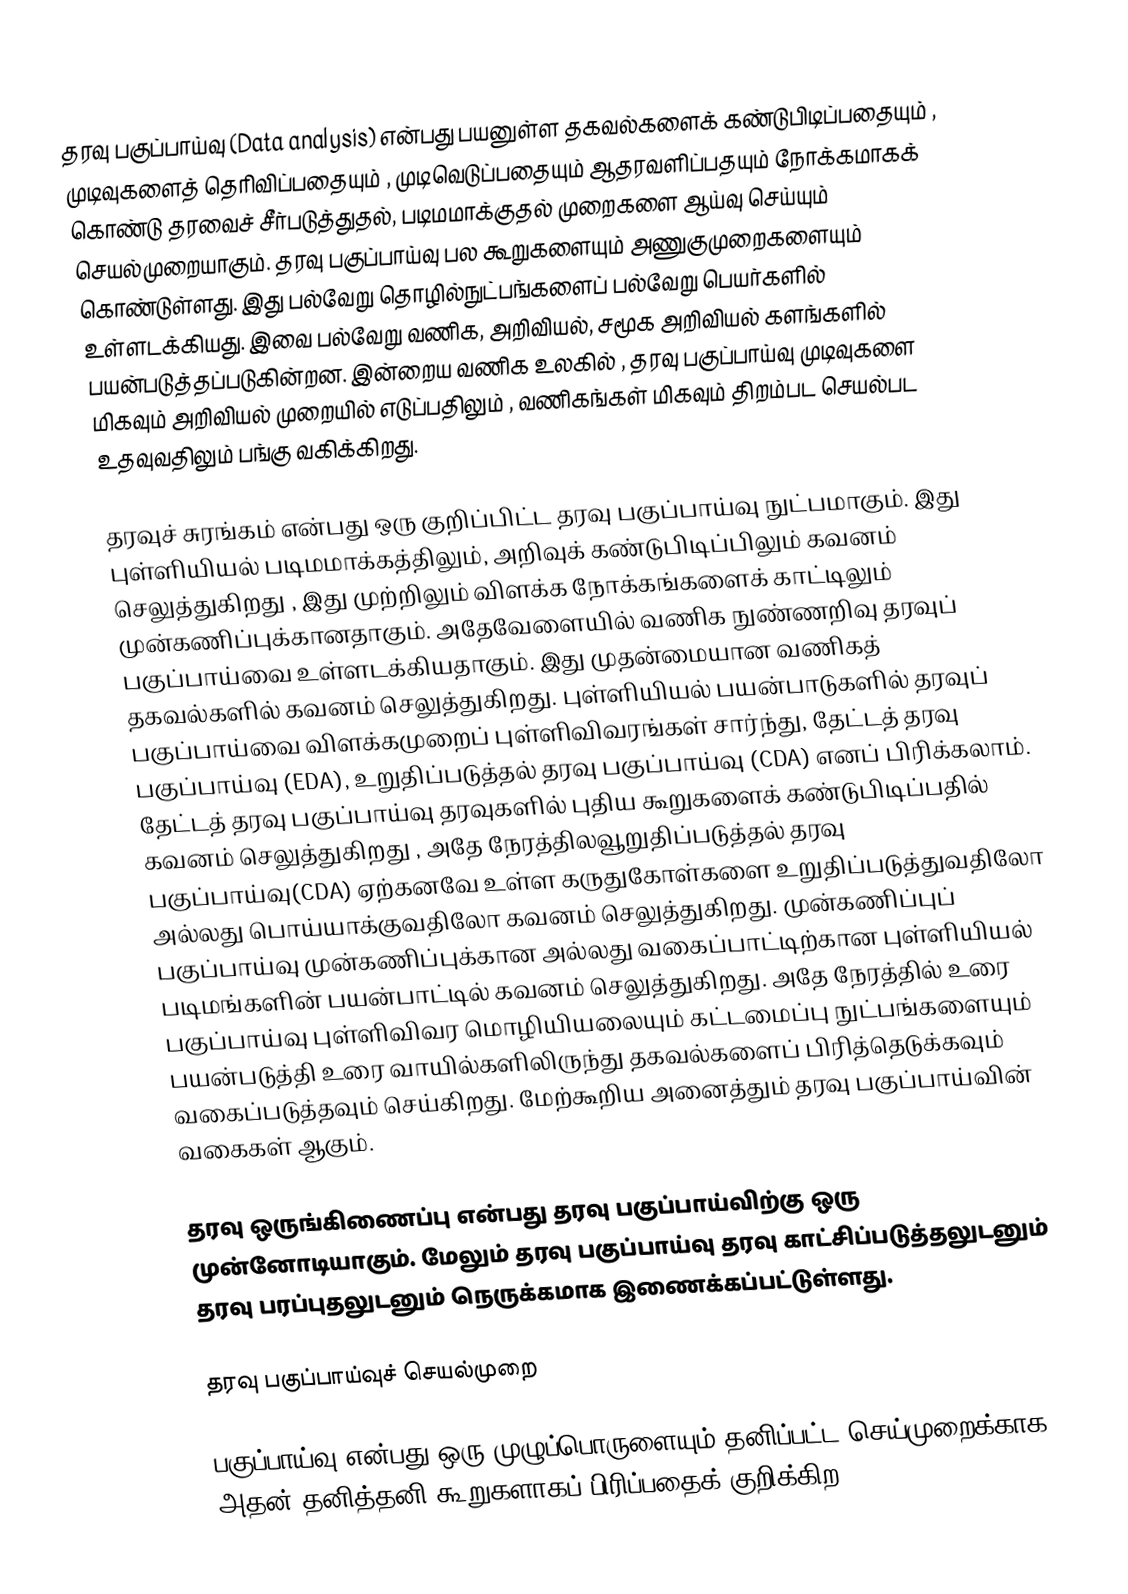
தரவு பகுப்பாய்வு (Data analysis) என்பது பயனுள்ள தகவல்களைக் கண்டுபிடிப்பதையும் , முடிவுகளைத் தெரிவிப்பதையும் , முடிவெடுப்பதையும் ஆதரவளிப்பதயும் நோக்கமாகக் கொண்டு தரவைச் சீர்படுத்துதல், படிமமாக்குதல் முறைகளை ஆய்வு செய்யும் செயல்முறையாகும். தரவு பகுப்பாய்வு பல கூறுகளையும் அணுகுமுறைகளையும் கொண்டுள்ளது. இது பல்வேறு தொழில்நுட்பங்களைப் பல்வேறு பெயர்களில் உள்ளடக்கியது.  இவை பல்வேறு வணிக, அறிவியல், சமூக அறிவியல் களங்களில் பயன்படுத்தப்படுகின்றன. இன்றைய வணிக உலகில் , தரவு பகுப்பாய்வு முடிவுகளை மிகவும் அறிவியல் முறையில் எடுப்பதிலும் , வணிகங்கள் மிகவும் திறம்பட செயல்பட உதவுவதிலும் பங்கு வகிக்கிறது.

தரவுச் சுரங்கம் என்பது ஒரு குறிப்பிட்ட தரவு பகுப்பாய்வு நுட்பமாகும். இது புள்ளியியல் படிமமாக்கத்திலும், அறிவுக் கண்டுபிடிப்பிலும் கவனம் செலுத்துகிறது , இது முற்றிலும் விளக்க நோக்கங்களைக் காட்டிலும் முன்கணிப்புக்கானதாகும். அதேவேளையில் வணிக நுண்ணறிவு தரவுப் பகுப்பாய்வை உள்ளடக்கியதாகும். இது முதன்மையான வணிகத் தகவல்களில் கவனம் செலுத்துகிறது. புள்ளியியல் பயன்பாடுகளில் தரவுப் பகுப்பாய்வை விளக்கமுறைப் புள்ளிவிவரங்கள் சார்ந்து, தேட்டத் தரவு பகுப்பாய்வு (EDA), உறுதிப்படுத்தல் தரவு பகுப்பாய்வு (CDA) எனப் பிரிக்கலாம். தேட்டத் தரவு பகுப்பாய்வு  தரவுகளில் புதிய கூறுகளைக் கண்டுபிடிப்பதில் கவனம் செலுத்துகிறது , அதே நேரத்திலவூறுதிப்படுத்தல் தரவு பகுப்பாய்வு(CDA) ஏற்கனவே உள்ள கருதுகோள்களை உறுதிப்படுத்துவதிலோ அல்லது பொய்யாக்குவதிலோ கவனம் செலுத்துகிறது. முன்கணிப்புப் பகுப்பாய்வு முன்கணிப்புக்கான அல்லது வகைப்பாட்டிற்கான புள்ளியியல் படிமங்களின் பயன்பாட்டில் கவனம் செலுத்துகிறது. அதே நேரத்தில் உரை பகுப்பாய்வு புள்ளிவிவர மொழியியலையும் கட்டமைப்பு நுட்பங்களையும் பயன்படுத்தி உரை வாயில்களிலிருந்து தகவல்களைப் பிரித்தெடுக்கவும் வகைப்படுத்தவும் செய்கிறது. மேற்கூறிய அனைத்தும் தரவு பகுப்பாய்வின் வகைகள் ஆகும்.

தரவு ஒருங்கிணைப்பு என்பது தரவு பகுப்பாய்விற்கு ஒரு முன்னோடியாகும். மேலும் தரவு பகுப்பாய்வு தரவு காட்சிப்படுத்தலுடனும் தரவு பரப்புதலுடனும் நெருக்கமாக இணைக்கப்பட்டுள்ளது.

தரவு பகுப்பாய்வுச் செயல்முறை

பகுப்பாய்வு என்பது ஒரு முழுப்பொருளையும் தனிப்பட்ட செய்முறைக்காக அதன் தனித்தனி கூறுகளாகப் பிரிப்பதைக் குறிக்கிற